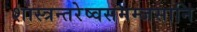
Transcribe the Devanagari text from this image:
शास्त्रन्तरेष्वसमम्जसानि